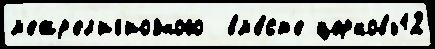
м'ежр'ел'иг'иозного  вм'е́ст'е церковь12